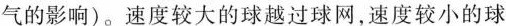
气的影响)。速度较大的球越过球网，速度较小的球